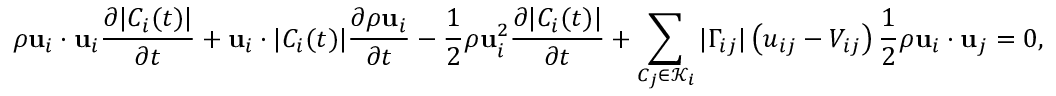
\rho \mathbf { u } _ { i } \cdot \mathbf { u } _ { i } \frac { \partial | C _ { i } ( t ) | } { \partial t } + \mathbf { u } _ { i } \cdot | C _ { i } ( t ) | \frac { \partial \rho \mathbf { u } _ { i } } { \partial t } - \frac { 1 } { 2 } \rho \mathbf { u } _ { i } ^ { 2 } \frac { \partial | C _ { i } ( t ) | } { \partial t } + \sum _ { C _ { j } \in \mathcal { K } _ { i } } | \Gamma _ { i j } | \left( u _ { i j } - V _ { i j } \right) \frac { 1 } { 2 } \rho \mathbf { u } _ { i } \cdot \mathbf { u } _ { j } = 0 ,